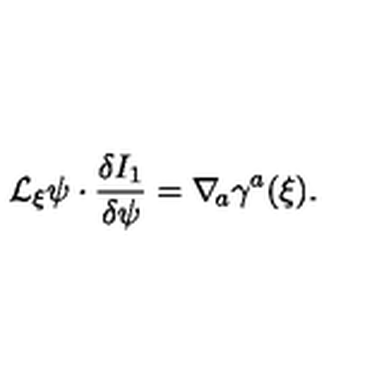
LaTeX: { \cal L } _ { \xi } \psi \cdot { \frac { \delta I _ { 1 } } { \delta \psi } } = \nabla _ { \! a } \gamma ^ { a } ( \xi ) .